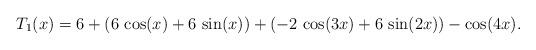
LaTeX: \begin{align*} T_1(x) = 6 + (6\,\cos(x)+6\,\sin (x))+(-2\,\cos(3x)+6\,\sin(2x))-\cos(4x). \end{align*}